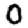
Digit: 0